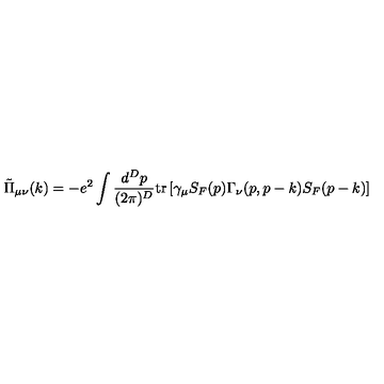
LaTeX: { \tilde { \Pi } } _ { \mu \nu } ( k ) = - e ^ { 2 } \int \frac { d ^ { D } p } { ( 2 \pi ) ^ { D } } \mathrm { t r } \left[ \gamma _ { \mu } S _ { F } ( p ) \Gamma _ { \nu } ( p , p - k ) S _ { F } ( p - k ) \right]